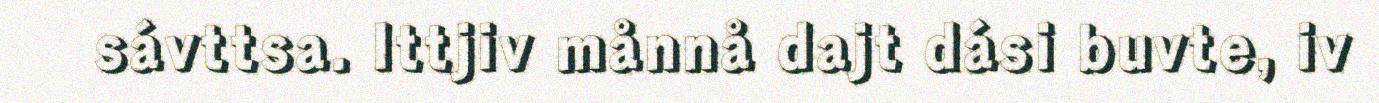
sávttsa. Ittjiv månnå dajt dási buvte, iv